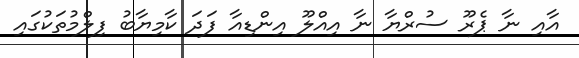
އާއި ނާ ޕެރޫ ސުރްޔާ ނާ އިއްލޫ އިންޑިއާ ފަދަ ކާމިޔާބު ފިލްމުތަކުގައި